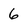
Character: 6